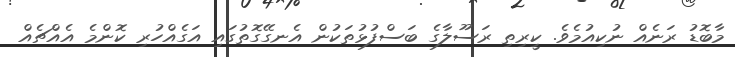
މާބޮޑު ރަނެއް ނުކިއުމެވެ. ކީރިތި ރަސޫލާގެ ބަސްފުޅުތަކުން އެނގޭގޮތުގައި އަގެއްހުރި ކޮންމެ އެއްޗެއް